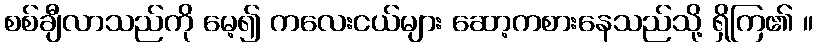
စစ်ချီလာသည်ကို မေ့၍ ကလေးငယ်များ ဆော့ကစားနေသည်သို့ ရှိကြ၏ ။